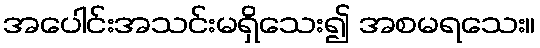
အပေါင်းအသင်းမရှိသေး၍ အစမရသေး။